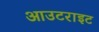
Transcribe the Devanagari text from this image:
आउटराइट